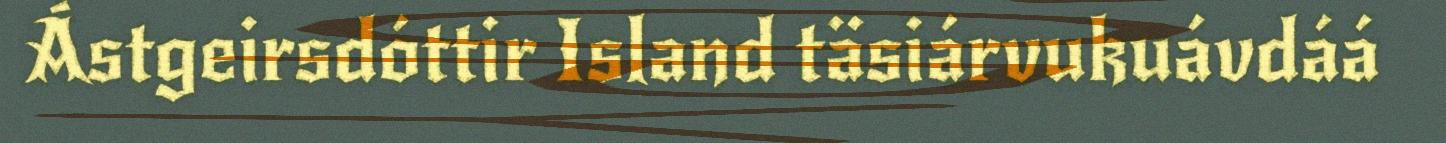
Ástgeirsdóttir Island täsiárvukuávdáá